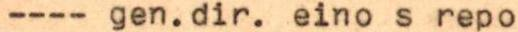
---- gen.dir. eino s repo